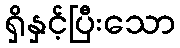
ရှိနှင့်ပြီးသော